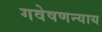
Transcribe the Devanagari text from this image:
गवेषणन्याय